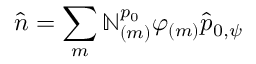
\hat { n } = \sum _ { m } \mathbb { N } _ { ( m ) } ^ { p _ { 0 } } \varphi _ { ( m ) } \hat { p } _ { 0 , \psi }